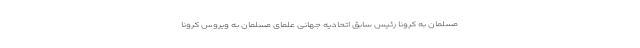
مسلمان به کرونا رئیس سابق اتحادیه جهانی علمای مسلمان به ویروس کرونا